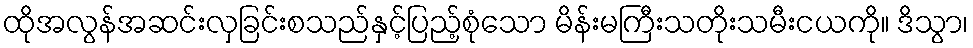
ထိုအလွန်အဆင်းလှခြင်းစသည်နှင့်ပြည့်စုံသော မိန်းမကြီးသတိုးသမီးငယကို။ ဒိသွာ၊